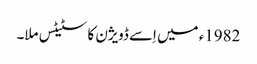
1982ء میں اِسے ڈویژن کا سٹیٹس ملا۔